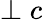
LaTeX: \perp c